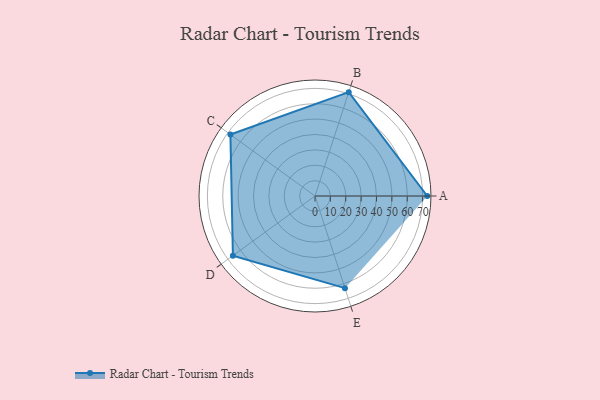
{"axis": {"x": "Skill", "y": "Score"}, "legend": ["Profile"], "data": [{"x": "A", "y": 73.0, "type": "Profile"}, {"x": "B", "y": 71.0, "type": "Profile"}, {"x": "C", "y": 68.0, "type": "Profile"}, {"x": "D", "y": 66.0, "type": "Profile"}, {"x": "E", "y": 63.0, "type": "Profile"}]}